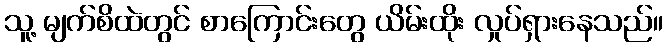
သူ့ မျက်စိထဲတွင် စာကြောင်းတွေ ယိမ်းထိုး လှုပ်ရှားနေသည်။